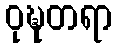
ဝုဍ္ဎတရာ